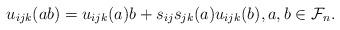
LaTeX: \begin{gather*}u_{ijk}(a b)=u_{ijk}(a) b+s_{ij} s_{jk}(a) u_{ijk}(b),a,b \in \mathcal{F}_n.\end{gather*}